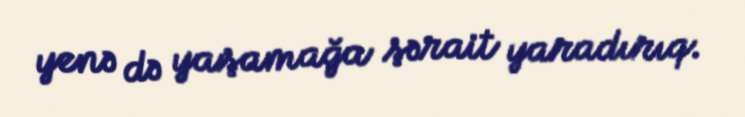
yenə də yaşamağa şərait yaradırıq.